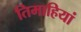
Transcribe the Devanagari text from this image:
तिमाहियां